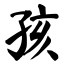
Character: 孩